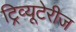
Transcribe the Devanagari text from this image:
ट्रिव्यूटेरीज